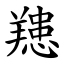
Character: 䍺